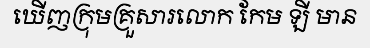
ឃើញក្រុមគ្រួសារលោក កែម ឡី មាន